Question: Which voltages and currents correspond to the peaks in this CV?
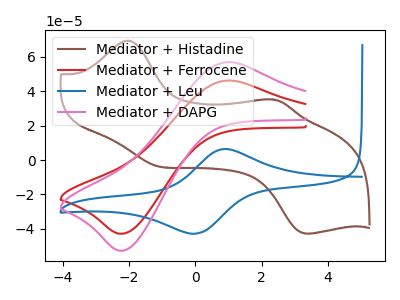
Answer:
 <answer>The brown curve "Mediator + Histadine" has anodic peaks at (-2.00V, 69.45uA) (2.25V, 35.30uA) and cathodic peaks at (-1.25V, -3.00uA) (3.30V, -42.70uA). The red curve "Mediator + Ferrocene" has an anodic peak at (1.00V, 46.30uA) and a cathodic peak at (-2.20V, -42.80uA). The blue curve "Mediator + Leu" has an anodic peak at (0.90V, 6.45uA) and a cathodic peak at (0.00V, -42.80uA). The pink curve "Mediator + DAPG" has an anodic peak at (1.00V, 56.95uA) and a cathodic peak at (-2.20V, -52.70uA).</answer>
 <eval></eval>